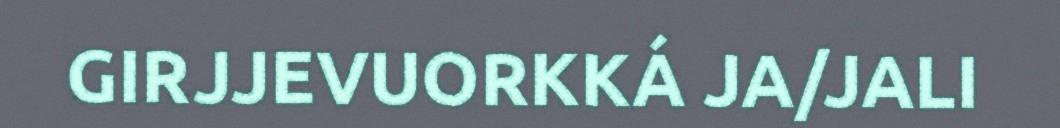
GIRJJEVUORKKÁ JA/JALI